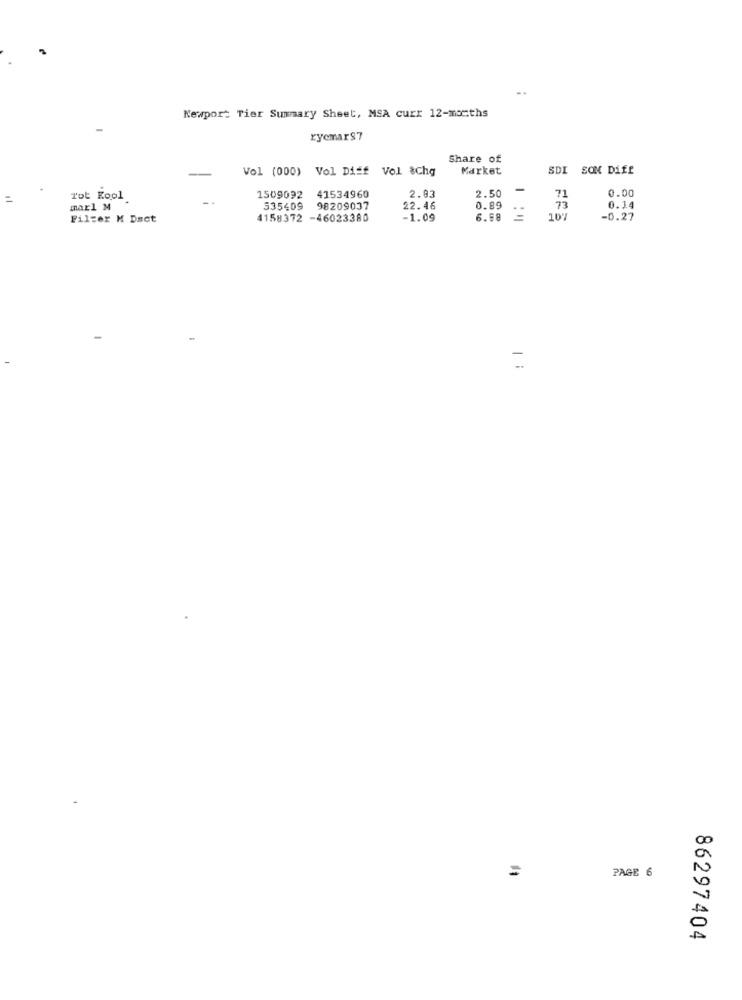
Newport Tier Summary Sheet, MSA curt 12-months
ryemars7
Share of
Vol (000) Vol Diff Vol $Chq
Market
SDI SOM Diff
2.93
2.50
-
0.00
Tot Kool
1509092
41534960
71
marl M
335409
98209037
22.46
0.89
73
0.14
Pilzer M Dact
4158372 -46023380
-1.09
6.98
-0.27
=
PAGE 6
86297404